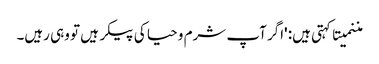
مننمیتا کہتی ہیں: 'اگر آپ شرم و حیا کی پیکر ہیں تو وہی رہیں۔